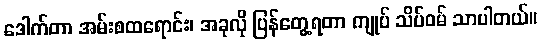
ဒေါက်တာ အမ်းစထရောင်း၊ အခုလို ပြန်တွေ့ရတာ ကျုပ် သိပ်ဝမ် သာပါတယ်။